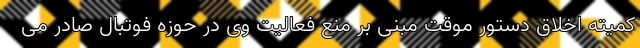
کمیته اخلاق دستور موقت مبنی بر منع فعالیت وی در حوزه فوتبال صادر می